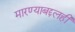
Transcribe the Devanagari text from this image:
मारण्याबद्दलही